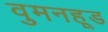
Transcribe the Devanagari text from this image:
वुमनहूड